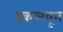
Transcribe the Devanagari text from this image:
हकलवून